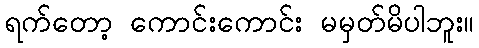
ရက်တော့ ကောင်းကောင်း မမှတ်မိပါဘူး။